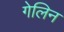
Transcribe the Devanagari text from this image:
गेलिन